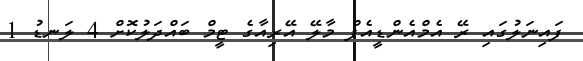
ފައިނަލުގައި ރޭ އެމްއެންޑީއެފް މާލޭ އޭރިއާގެ ޓީމް ބައްދަލުކޮށް 4 ލަނޑު 1